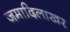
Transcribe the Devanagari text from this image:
जमादिलाखर